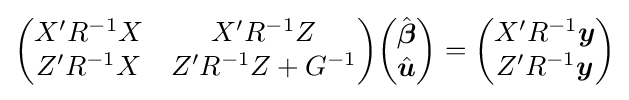
{\begin{pmatrix}X'R^{-1}X&X'R^{-1}Z\\Z'R^{-1}X&Z'R^{-1}Z+G^{-1}\end{pmatrix}}{\begin{pmatrix}{\hat {\boldsymbol {\beta }}}\\{\hat {\boldsymbol {u}}}\end{pmatrix}}={\begin{pmatrix}X'R^{-1}{\boldsymbol {y}}\\Z'R^{-1}{\boldsymbol {y}}\end{pmatrix}}